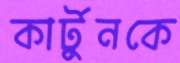
কার্টুনকে